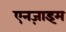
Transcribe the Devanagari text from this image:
एनज़ाइम